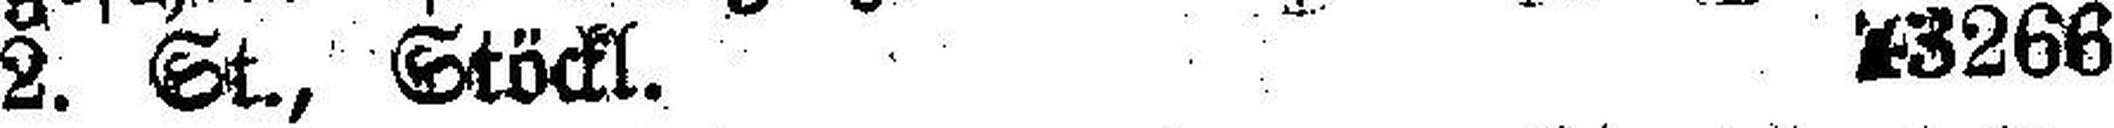
2. St., Stöckl. 13266